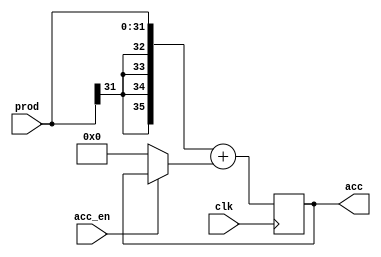
module accumulator(
	input wire clk, 
	input wire [31:0] prod,
    input wire acc_en,
	output reg [35:0] acc // acc is 32 bit + 4 extra bit to cope with overflow
);
	
    always @(posedge clk) begin
		// the first value acc_en will be in than add 0 to acc
		// afraid of overflow so we expand MSB 4 bit
		acc <= {{4{prod[31]}},prod[31:0]} + ((acc_en)?acc:0);
	end


endmodule